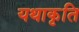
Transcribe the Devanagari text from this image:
यथाकृति